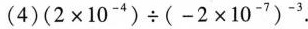
(4)$$(2 \times 10^{-4}){\div} (-2\times 10^{-7})^{-3}$$